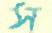
স